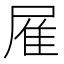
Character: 𨾈